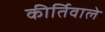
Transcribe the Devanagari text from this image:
कीर्तिवाले